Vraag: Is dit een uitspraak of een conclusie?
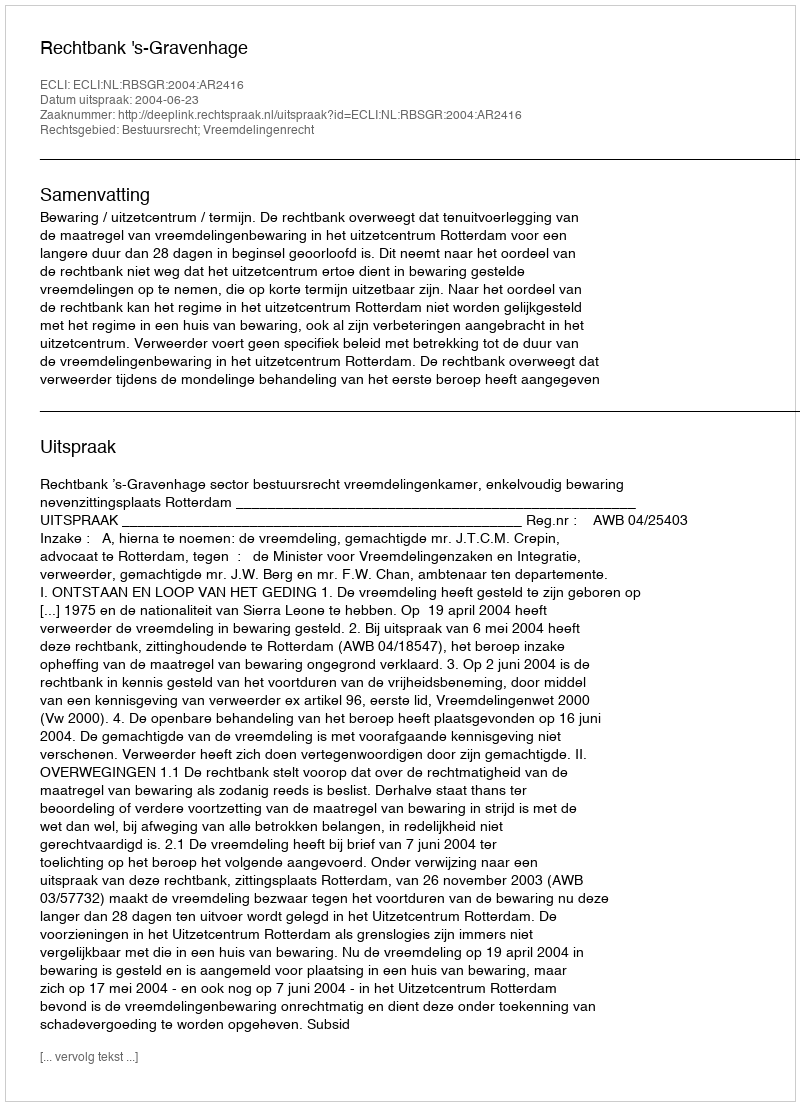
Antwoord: Uitspraak